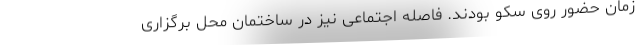
زمان حضور روی سکو بودند. فاصله اجتماعی نیز در ساختمان محل برگزاری